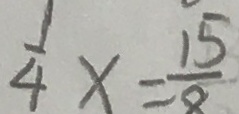
\frac { 1 } { 4 } x = \frac { 1 5 } { 8 }